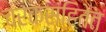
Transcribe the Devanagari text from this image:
चरकसंहितेत